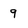
Character: 9